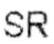
SR